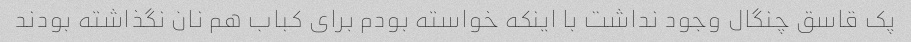
پک قاسق چنگال وجود نداشت با اینکه خواسته بودم برای کباب هم نان نگذاشته بودند